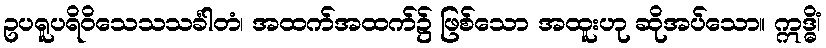
ဥပရူပရိဝိသေသသင်္ခါတံ၊ အထက်အထက်၌ ဖြစ်သော အထူးဟု ဆိုအပ်သော။ ဣဒ္ဓိံ၊